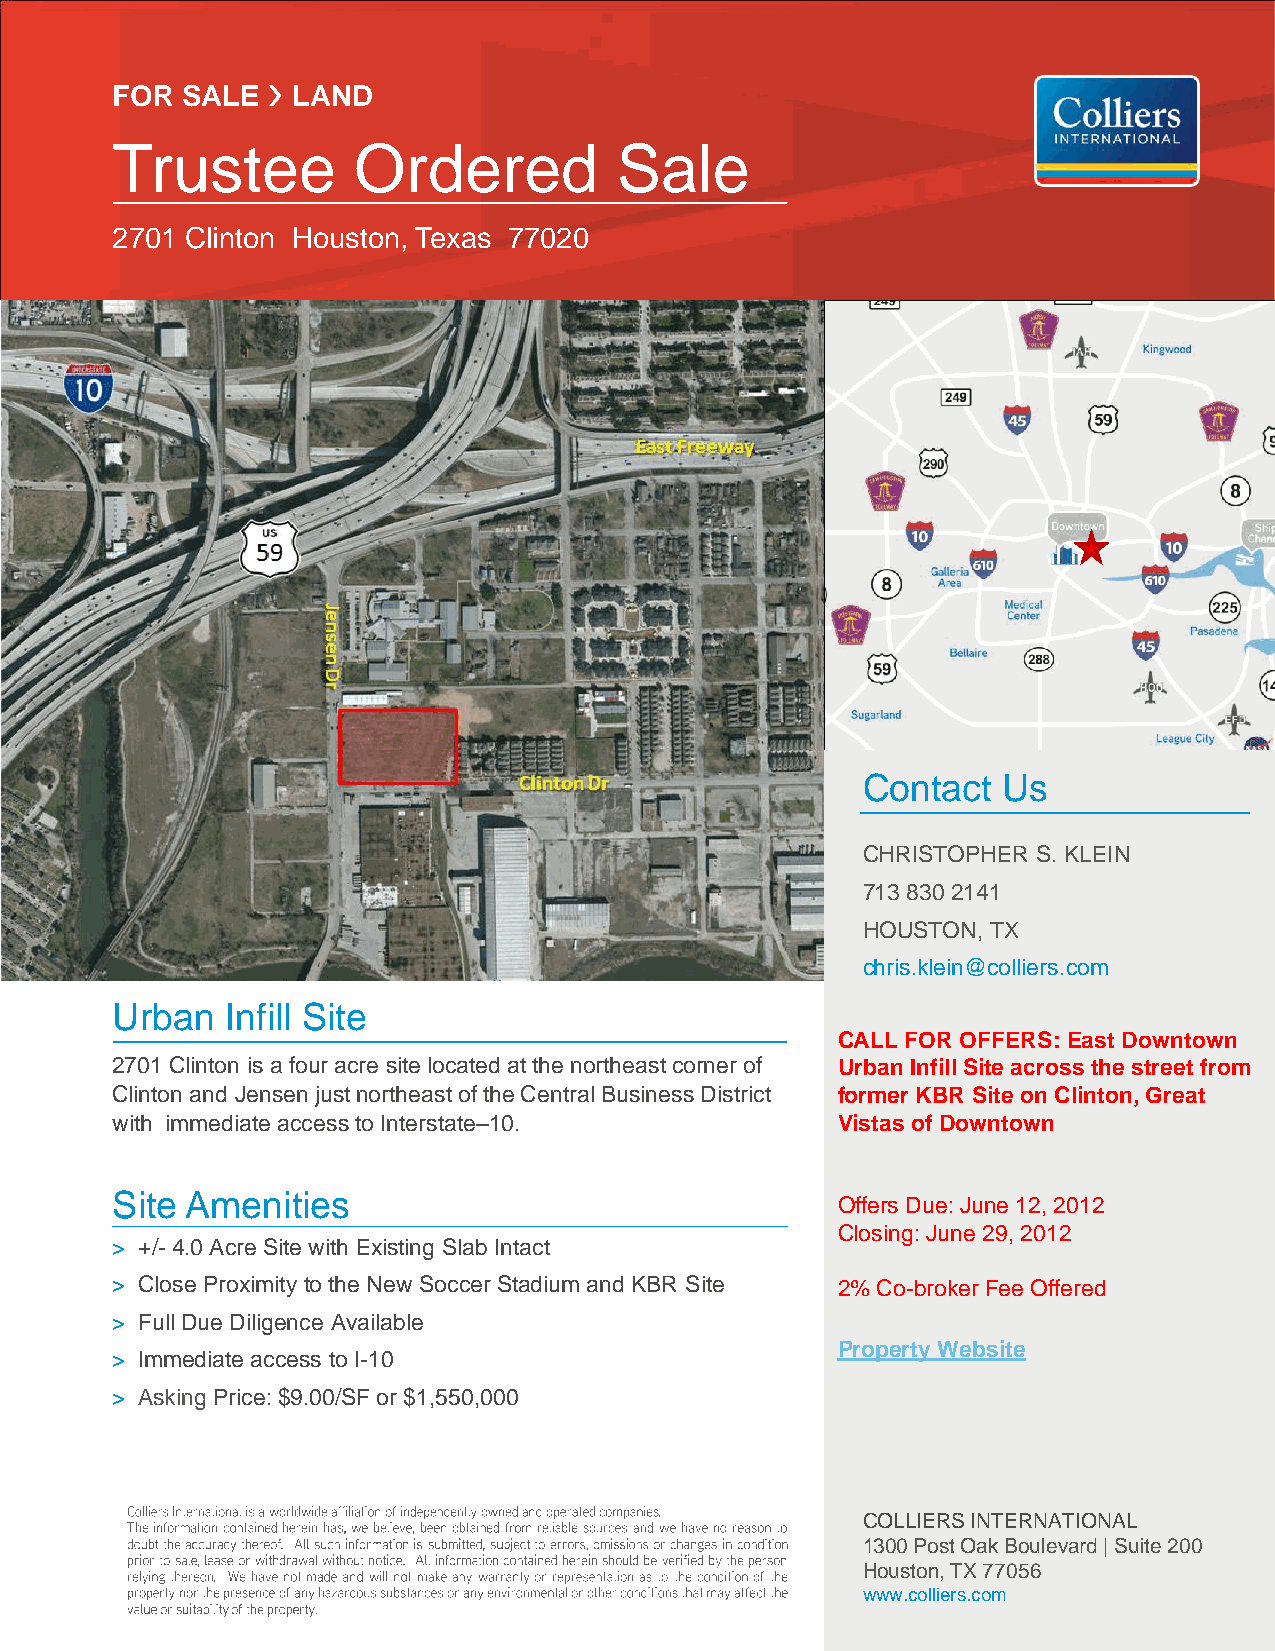
FOR  SALE   LAND
 Trustee         Ordered           Sale
 2701 Clinton Houston, Texas 77020
 Contact  Us
 CHRISTOPHER S. KLEIN
 713 830 2141
 HOUSTON, TX
 chris.klein@colliers.com
 Urban   Infill Site
 CALL FOR OFFERS: East Downtown
 2701 Clinton is a four acre site located at the northeast corner of Urban Infill Site across the street from
 Clinton and Jensen just northeast of the Central Business District former KBR Site on Clinton, Great
 with immediate access to Interstate–10.         Vistas of Downtown
 Site Amenities
 Offers Due: June 12, 2012
 Closing: June 29, 2012
 > +/- 4.0 Acre Site with Existing Slab Intact
 > Close Proximity to the New Soccer Stadium and KBR Site 2% Co-broker Fee Offered
 > Full Due Diligence Available
 Property Website
 > Immediate access to I-10
 > Asking Price: $9.00/SF or $1,550,000
 COLLIERS INTERNATIONAL
 1300 Post Oak Boulevard | Suite 200
 Houston, TX 77056
 www.colliers.com